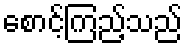
စောင့်ကြည့်သည်